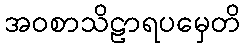
အဝစာသိဠာရပမှေတိ